Civil Veterinary Department Bihar reports 1936-40 - 1936-1940
Year: 1936
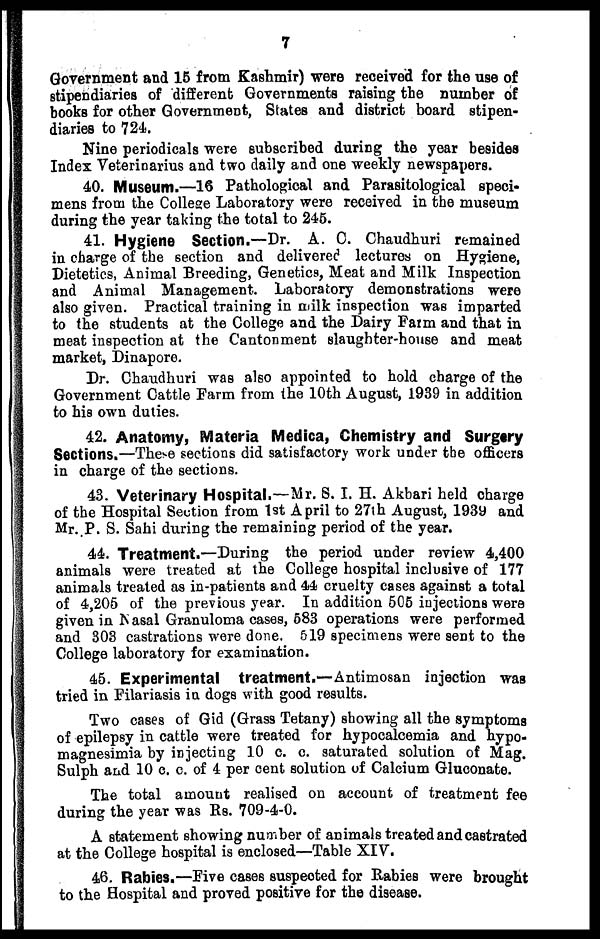
7
Government and 15 from Kashmir) were received for the use of
stipendiaries of different Governments raising the number of
books for other Government, States and district board stipen-
diaries to 724.
Nine periodicals were subscribed during the year besides
Index Veterinarius and two daily and one weekly newspapers.
40. Museum.—16 Pathological and Parasitological speci-
mens from the College Laboratory were received in the museum
during the year taking the total to 245.
41. Hygiene Section.—Dr. A. C. Chaudhuri remained
in charge of the section and delivered lectures on Hygiene,
Dietetics, Animal Breeding, Genetics, Meat and Milk Inspection
and Animal Management. Laboratory demonstrations were
also given. Practical training in milk inspection was imparted
to the students at the College and the Dairy Farm and that in
meat inspection at the Cantonment slaughter-house and meat
market, Dinapore.
Dr. Chaudhuri was also appointed to hold charge of the
Government Cattle Farm from the 10th August, 1939 in addition
to his own duties.
42. Anatomy, Materia Medica, Chemistry and Surgtry
Sections.—These sections did satisfactory work under the officers
in charge of the sections.
43. Veterinary Hospital.—Mr. S. I. H. Akbari held charge
of the Hospital Section from 1st April to 27th August, 1939 and
Mr. P. S. Sahi during the remaining period of the year.
44. Treatment.—During the period under review 4,400
animals were treated at the College hospital inclusive of 177
animals treated as in-patients and 44 cruelty cases against a total
of 4,205 of the previous year. In addition 505 injections were
given in Nasal Granuloma cases, 583 operations were performed
and 303 castrations were done. 519 specimens were sent to the
College laboratory for examination.
45. Experimental treatment.—Antimosan injection was
tried in Filariasis in dogs with good results.
Two cases of Gid (Grass Tetany) showing all the symptoms
of epilepsy in cattle were treated for hypocalcemia and hypo-
magnesimia by injecting 10 c. c. saturated solution of Mag.
Sulph and 10 c. c. of 4 per cent solution of Calcium Gluconate.
The total amount realised on account of treatment fee
during the year was Rs. 709-4-0.
A statement showing number of animals treated and castrated
at the College hospital is enclosed—Table XIV.
46. Rabies.—Five cases suspected for Rabies were brought
to the Hospital and proved positive for the disease.